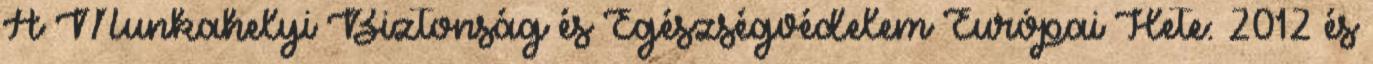
A Munkahelyi Biztonság és Egészségvédelem Európai Hete: 2012 és